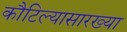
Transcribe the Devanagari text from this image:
कौटिल्यासारख्या